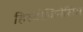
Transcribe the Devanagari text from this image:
हिस्टोजिनेसिस